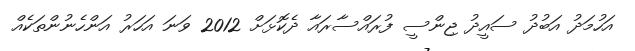
އަހުމަދު އަބުދު ސައީދު ޖިންސީ ފުރައްސާރައާ ދެކޮޅަށް 2012 ވަނަ އަހަރު އަންހެނުންތަކެއް